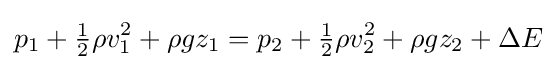
p_{1}+{\tfrac {1}{2}}\rho v_{1}^{2}+\rho gz_{1}=p_{2}+{\tfrac {1}{2}}\rho v_{2}^{2}+\rho gz_{2}+\Delta E